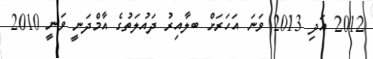
2012 އަދި 2013 ވަނަ އަހަރަށް ބލާއިރު ދައުލަތުގެ އާމްދަނީ ވަނީ 2010